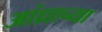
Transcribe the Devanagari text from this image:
आंध्राच्या